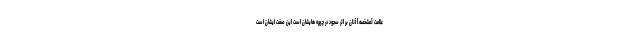
علامت [مشخصه] آنان بر اثر سجود در چهره هايشان است اين صفت ايشان است